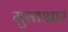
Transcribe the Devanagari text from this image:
मुस्तआर